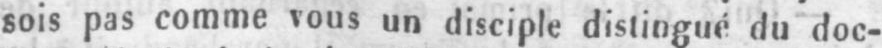
sois pas comme vous un disciple distingué du doc-